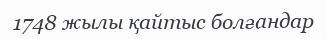
1748 жылы қайтыс болғандар